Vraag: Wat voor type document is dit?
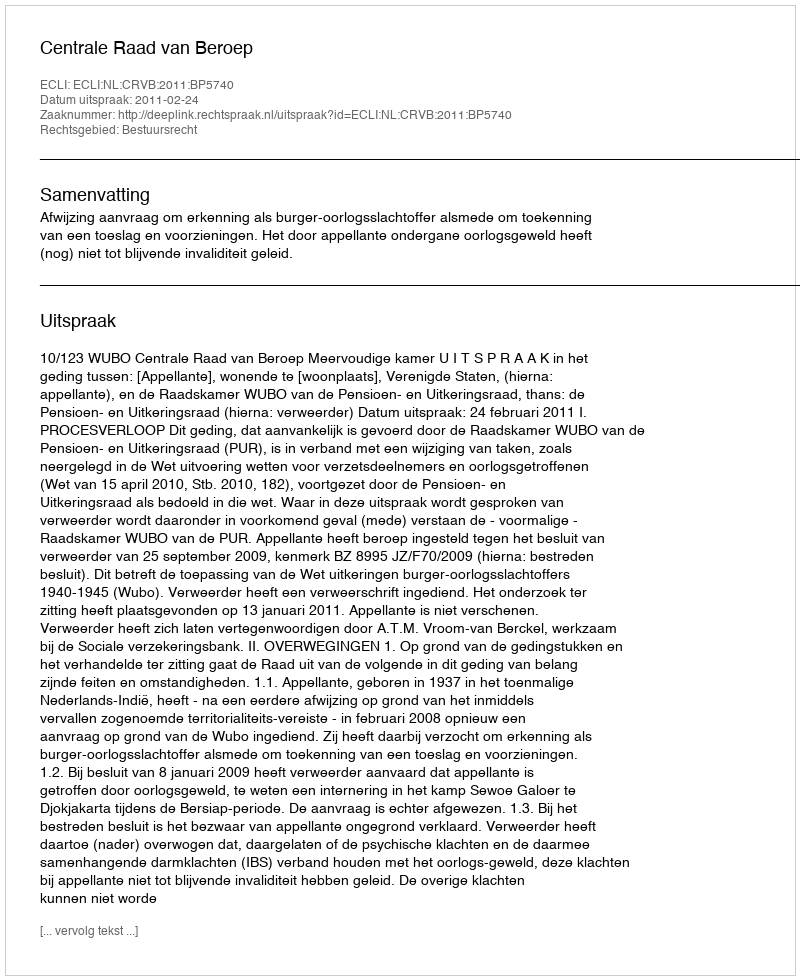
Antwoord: Uitspraak